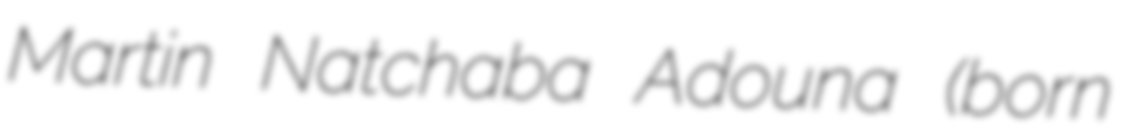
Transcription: Martin Natchaba Adouna (born